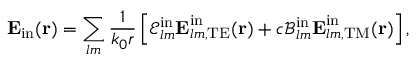
\boldsymbol { \mathbf { E } } _ { \mathrm { i n } } ( \boldsymbol { \mathbf { r } } ) = \sum _ { l m } \frac { 1 } { k _ { 0 } r } \left[ \mathcal { E } _ { l m } ^ { \mathrm { i n } } \boldsymbol { \mathbf { E } } _ { l m , \mathrm { T E } } ^ { \mathrm { i n } } ( \boldsymbol { \mathbf { r } } ) + c \mathcal { B } _ { l m } ^ { \mathrm { i n } } \boldsymbol { \mathbf { E } } _ { l m , \mathrm { T M } } ^ { \mathrm { i n } } ( \boldsymbol { \mathbf { r } } ) \right] ,